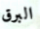
البرق